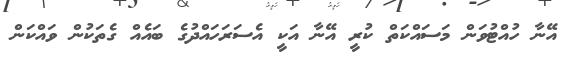
އޭނާ ހުއްޓުވަން މަސައްކަތް ކުރީ އޭނާ އަކީ އެސަރަހައްދުގެ ބައެއް ގެތަކުން ވައްކަން